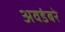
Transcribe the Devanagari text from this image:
अवडंबरे